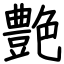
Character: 艶